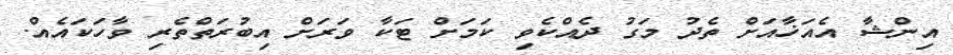
އިންޝާ އެއަޚާއަށް ތެދު މަގު ދެއްކެވި ކަމަށް ޓަކާ ވަރަށް އިބުރަތްތެރި ވާހަކައެއް.